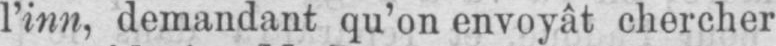
l’inn, demandant qu’on envoyât chercher